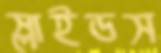
স্লাইডস